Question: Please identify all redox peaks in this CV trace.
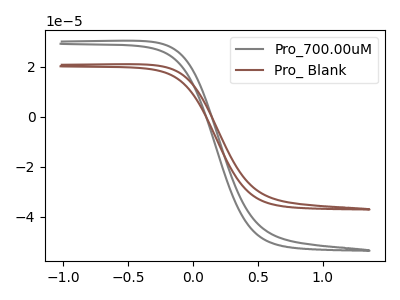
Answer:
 <answer>The gray curve "Pro_700.00uM" has no peaks. The brown curve "Pro_ Blank" has no peaks.</answer>
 <eval></eval>